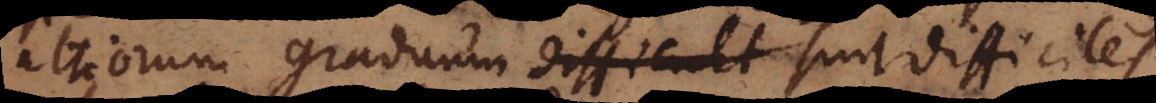
altiorum graduum difficult sunt difficiles